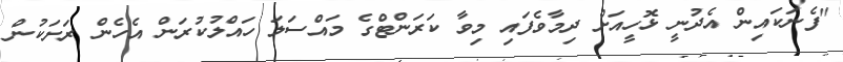
"ފެނަކައިން އެދުނީ ޅޮހީއަށް ދިމާވެފައި މިވާ ކަރަންޓްގެ މައްސަލަ ހައްލުކުރަން އެހެން ރަށަކުން